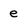
Character: e